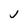
Character: j